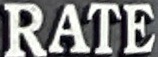
RATE